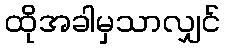
ထိုအခါမှသာလျှင်